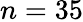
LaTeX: n=35